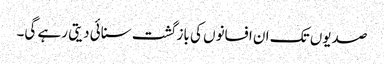
صدیوں تک ان افسانوں کی باز گشت سنائی دیتی رہے گی۔